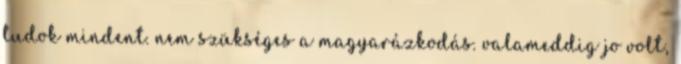
tudok mindent. nem szükséges a magyarázkodás. valameddig jo volt,